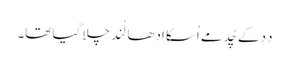
دِدِ کے چُد مے اُسکا اَدھا لُند چلا گیا تھا۔